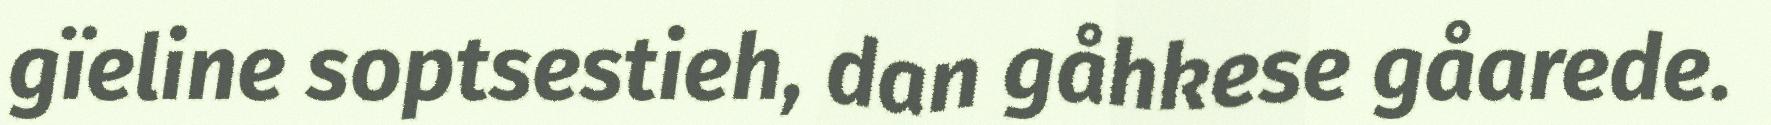
gïeline soptsestieh, dan gåhkese gåarede.